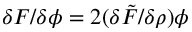
{ \delta F } / { \delta \phi } = 2 ( { \delta \tilde { F } } / { \delta \rho } ) \phi